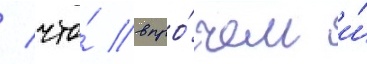
/ что́ впро́чем и́